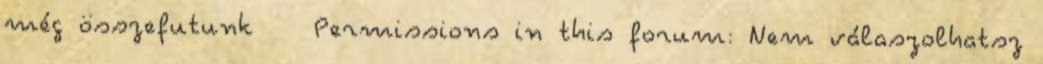
még összefutunk Permissions in this forum: Nem válaszolhatsz